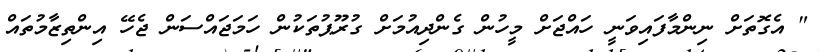
" އެގޮތަށް ނިންމާފައިވަނީ ހައްޖަށް މީހުން ގެންދިއުމަށް ގުރޫޕުތަކުން ހަމަޖައްސަން ޖެހޭ އިންތިޒާމުތައް